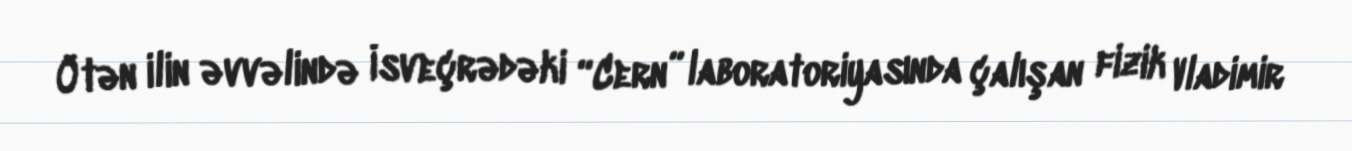
Ötən ilin əvvəlində İsveçrədəki “Cern” laboratoriyasında çalışan fizik Vladimir